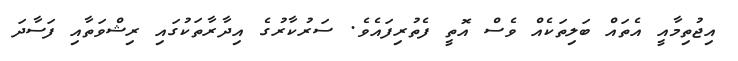
އިޖުތިމާއީ އެތައް ބަލިތަކެއް ވެސް އޮތީ ފެތުރިފައެވެ. ސަރުކާރުގެ އިދާރާތަކުގައި ރިޝްވަތާއި ފަސާދަ